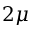
2 \mu